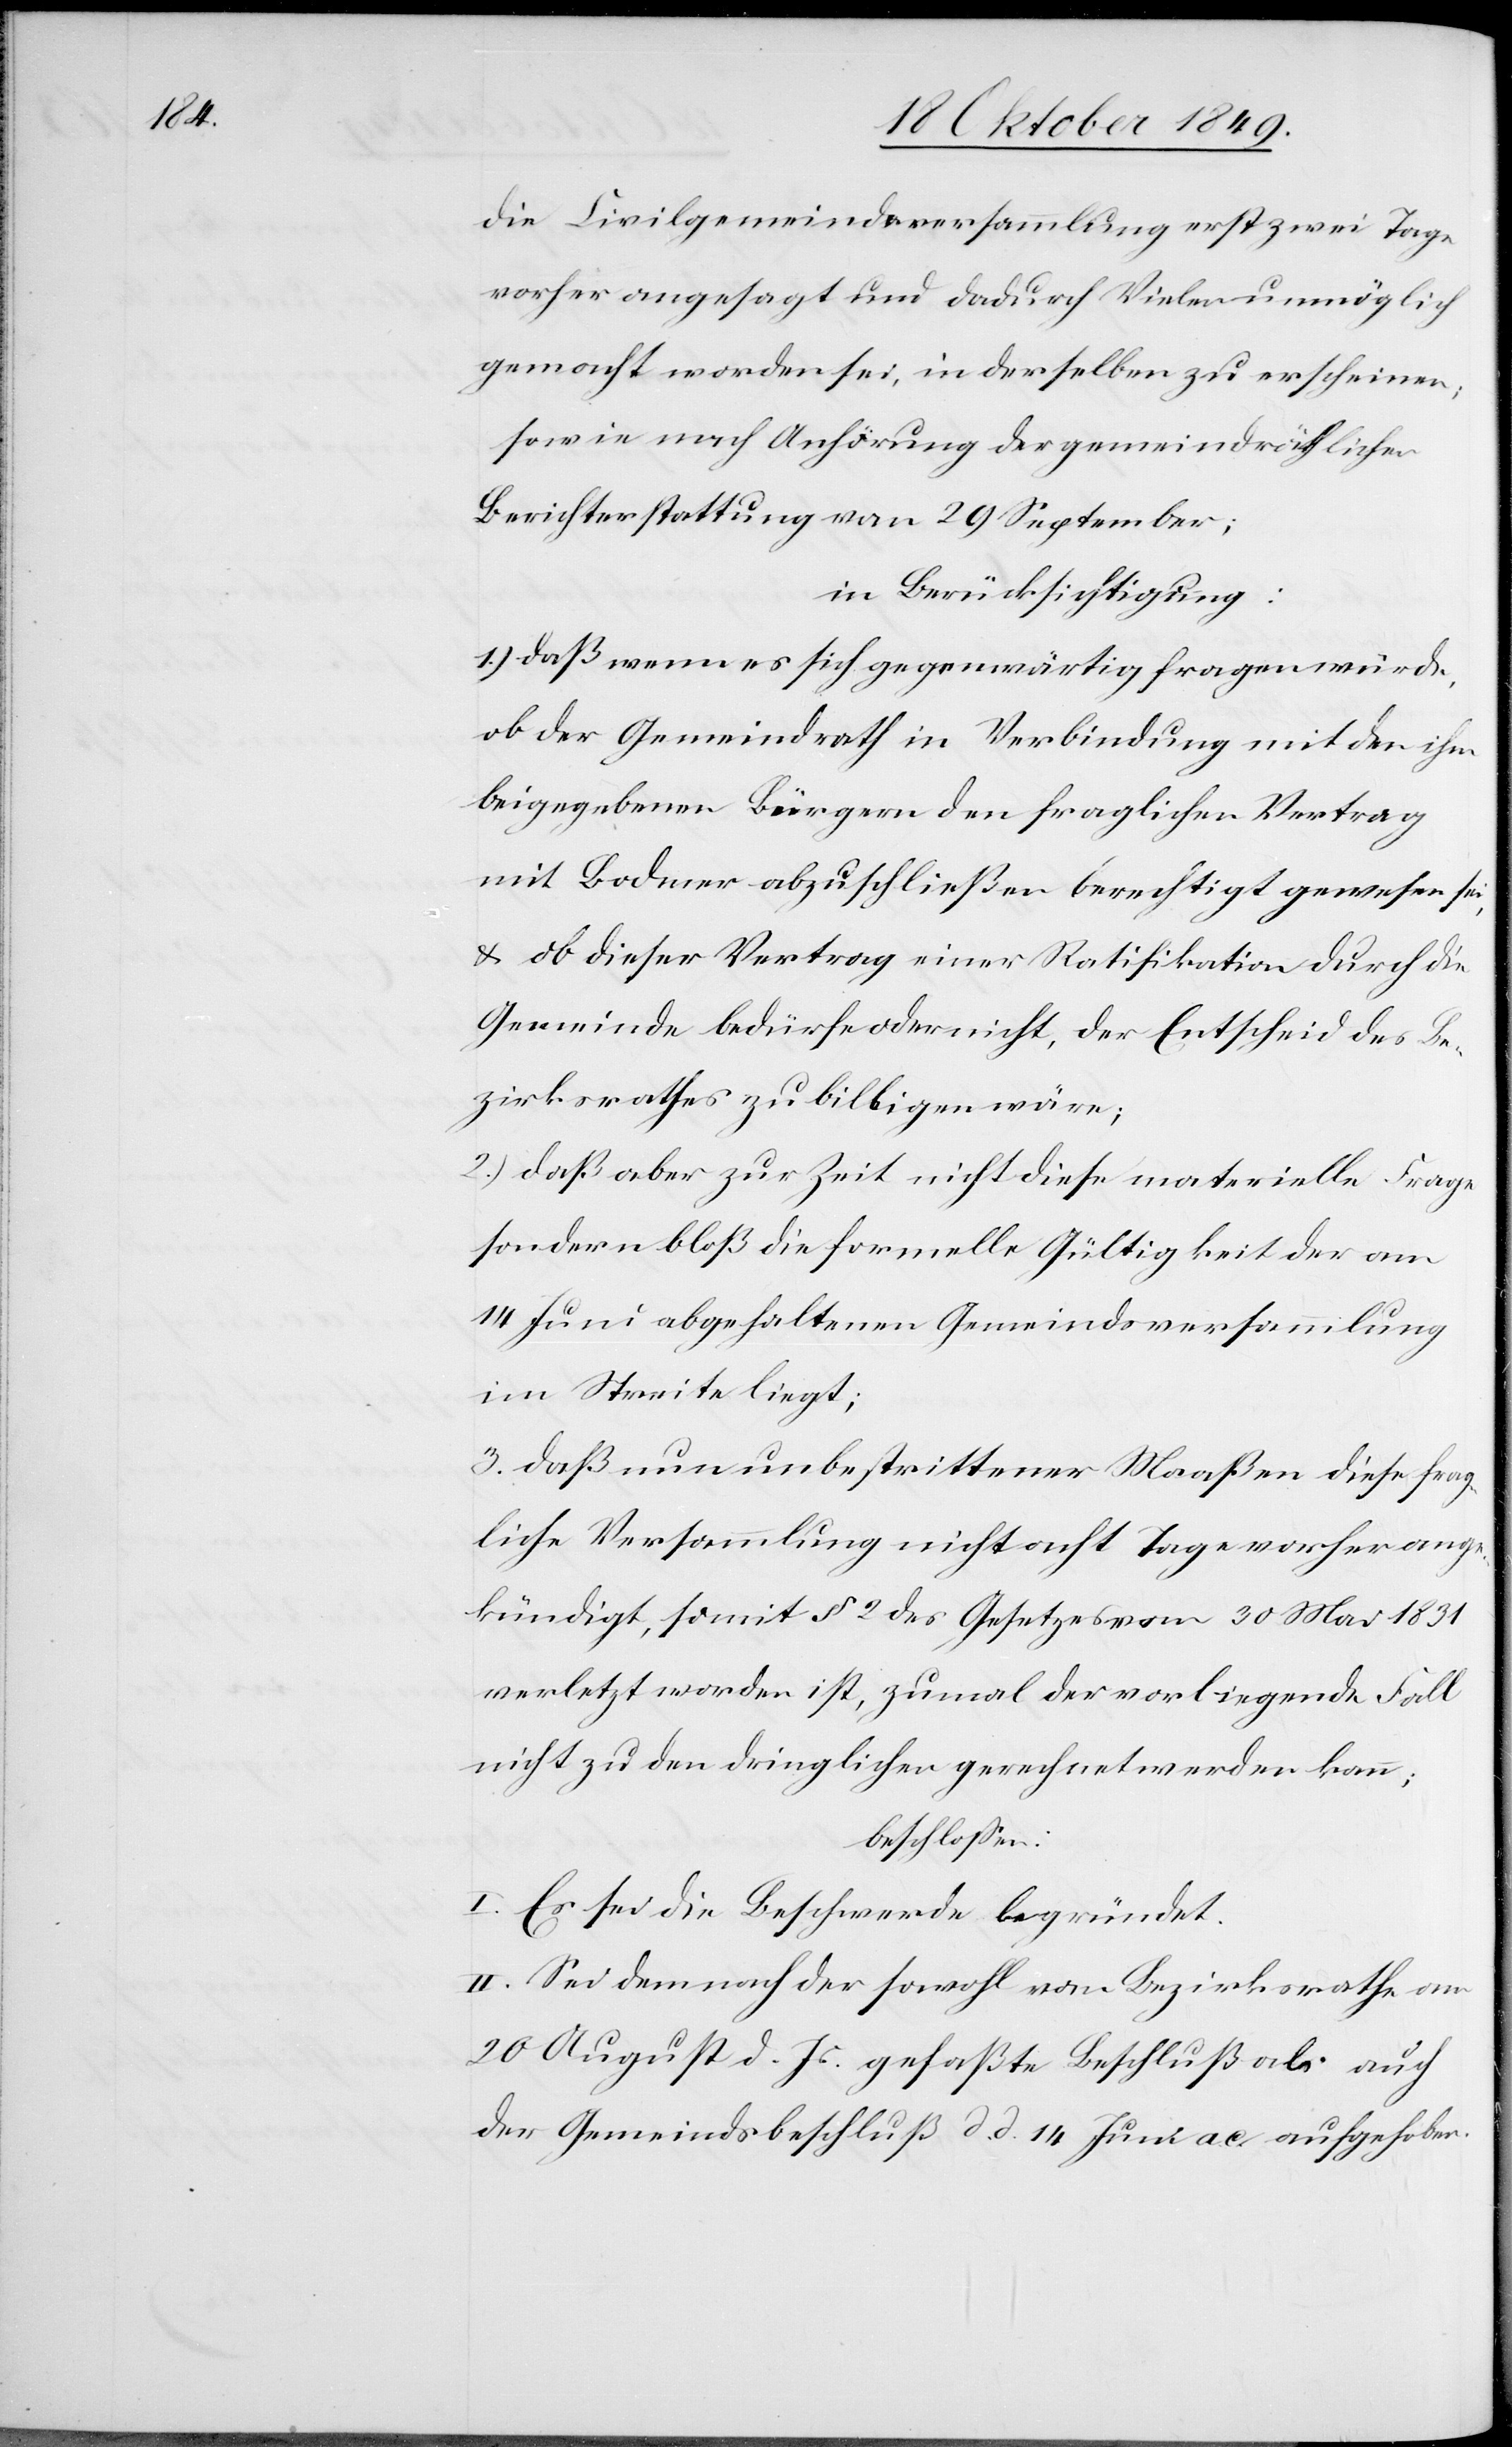
die Civilgemeindsversammlung erst zwei Tage
vorher angesagt und dadurch Vielen unmöglich
gemacht worden sei, in derselben zu erscheinen;
sowie nach Anhörung der gemeindräthlichen
Berichterstattung vom 29 September;
in Berücksichtigung:
1.) daß wenn es sich gegenwärtig fragen würde,
ob der Gemeindrath in Verbindung mit den ihm
beigegebenen Bürgern den fraglichen Vertrag
mit Bodmer abzuschließen berechtigt gewesen sei,
u. ob dieser Vertrag einer Ratifikation durch die
Gemeinde bedürfe oder nicht, der Entscheid des Be¬
zirksrathes zu billigen wäre;
2.) daß aber zur Zeit nicht diese materielle Frage
sondern bloß die formelle Gültigkeit am
14 Juni abgehaltenen Gemeindsversammlung
im Streite liegt;
3. daß nun unbestrittener Maaßen diese frag¬
liche Versammlung nicht acht Tage vorher ange¬
kündigt, somit § 2 des Gesetzes vom 30 Mai 1831
verletzt worden ist, zumal der vorliegende Fall
nicht zu den dringlichen gerechnet werden kann;
beschloßen:
I. Es sei die Beschwerde begründet.
II. Sei demnach der sowohl von Bezirksrathe am
20 August d. Js. gefaßte Beschluß als auch
der Gemeindsbeschluß d. d. 14 Juni ac aufgehoben.